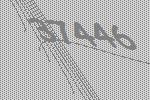
37446